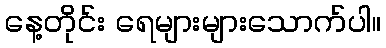
နေ့တိုင်း ရေများများသောက်ပါ။